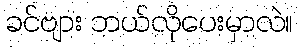
ခင်ဗျား ဘယ်လိုပေးမှာလဲ။